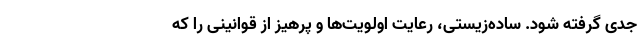
جدی گرفته شود. ساده‌زیستی، رعایت اولویت‌ها و پرهیز از قوانینی را که